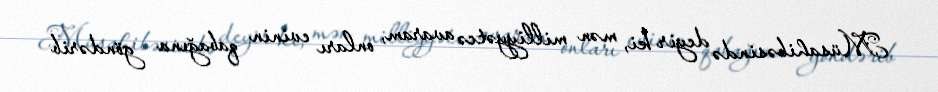
Müsahibəsində deyir ki, mən milliyyətcə avaram, onları evinin qabağına göndərib